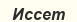
Иссет